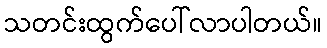
သတင်းထွက်ပေါ်လာပါတယ်။